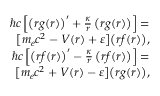
\begin{array} { r } { \hbar c \, \Big [ \big ( r g ( r ) \big ) ^ { \prime } + \frac { \kappa } { r } \, \big ( r g ( r ) \big ) \Big ] = } \\ { \big [ m _ { e } c ^ { 2 } - V ( r ) + \varepsilon \big ] \big ( r f ( r ) \big ) , } \\ { \hbar c \, \Big [ \big ( r f ( r ) \big ) ^ { \prime } - \frac { \kappa } { r } \, \big ( r f ( r ) \big ) \Big ] = } \\ { \big [ m _ { e } c ^ { 2 } + V ( r ) - \varepsilon \big ] \big ( r g ( r ) \big ) , } \end{array}